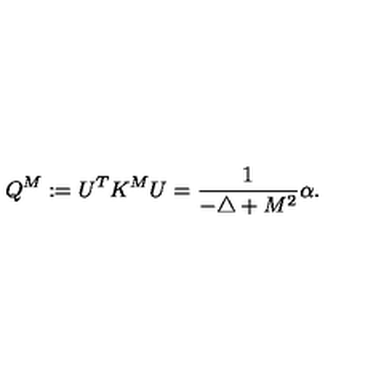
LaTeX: Q ^ { M } : = U ^ { T } K ^ { M } U = \frac { 1 } { - \triangle + M ^ { 2 } } \alpha .